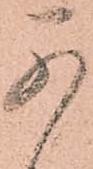
可